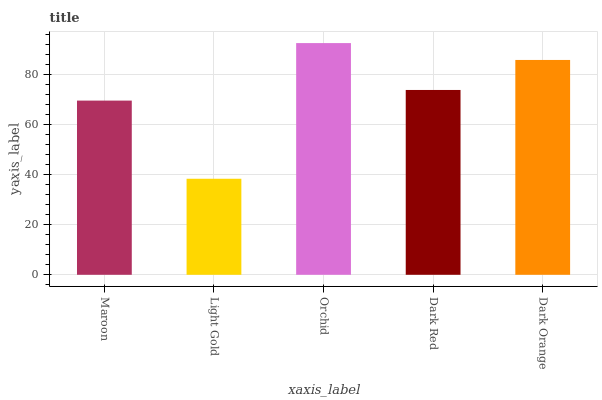
| xaxis_label | bars |
 | --- | --- |
 | Maroon | 69.5 |
 | Light Gold | 38.3 |
 | Orchid | 92.4 |
 | Dark Red | 73.7 |
 | Dark Orange | 85.7 |